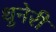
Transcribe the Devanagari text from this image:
थुनेरी